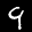
Label: 9